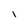
Character: I